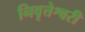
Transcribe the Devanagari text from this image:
निवृत्तेश्वरी